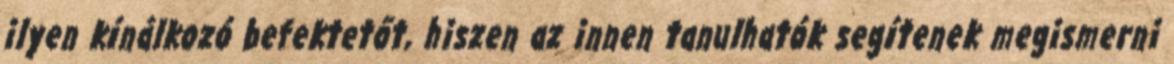
ilyen kínálkozó befektetőt, hiszen az innen tanulhatók segítenek megismerni